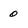
Character: 0